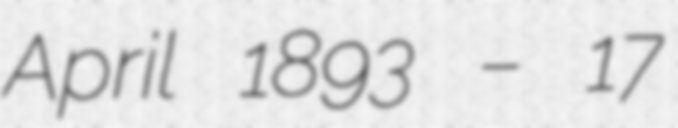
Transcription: April 1893 – 17